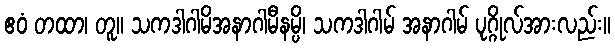
ဧဝံ တထာ၊ တူ။ သကဒါဂါမိအနာဂါမီနမ္ပိ၊ သကဒါဂါမ် အနာဂါမ် ပုဂ္ဂိုလ်အားလည်း။